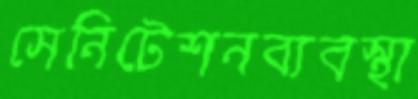
সেনিটেশনব্যবস্থা